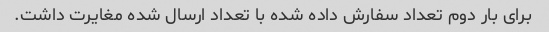
برای بار دوم تعداد سفارش داده شده با تعداد ارسال شده مغایرت داشت.